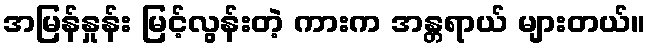
အမြန်နှုန်း မြင့်လွန်းတဲ့ ကားက အန္တရာယ် များတယ်။